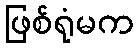
ဖြစ်ရုံမက